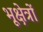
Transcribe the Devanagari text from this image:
भूक्षेत्रों